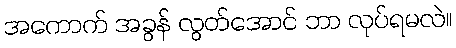
အကောက် အခွန် လွတ်အောင် ဘာ လုပ်ရမလဲ။